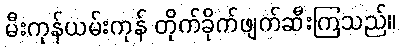
မီးကုန်ယမ်းကုန် တိုက်ခိုက်ဖျက်ဆီးကြသည်။